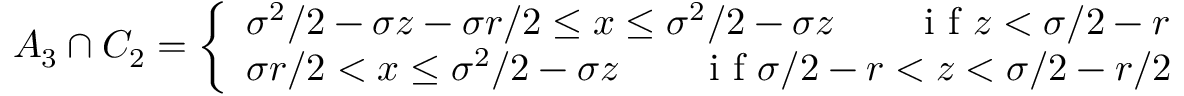
\begin{array} { r } { A _ { 3 } \cap C _ { 2 } = \left\{ \begin{array} { l l } { \sigma ^ { 2 } / 2 - \sigma z - \sigma r / 2 \leq x \leq \sigma ^ { 2 } / 2 - \sigma z \qquad \textrm { i f } z < \sigma / 2 - r } \\ { \sigma r / 2 < x \leq \sigma ^ { 2 } / 2 - \sigma z \qquad \textrm { i f } \sigma / 2 - r < z < \sigma / 2 - r / 2 } \end{array} \right. } \end{array}